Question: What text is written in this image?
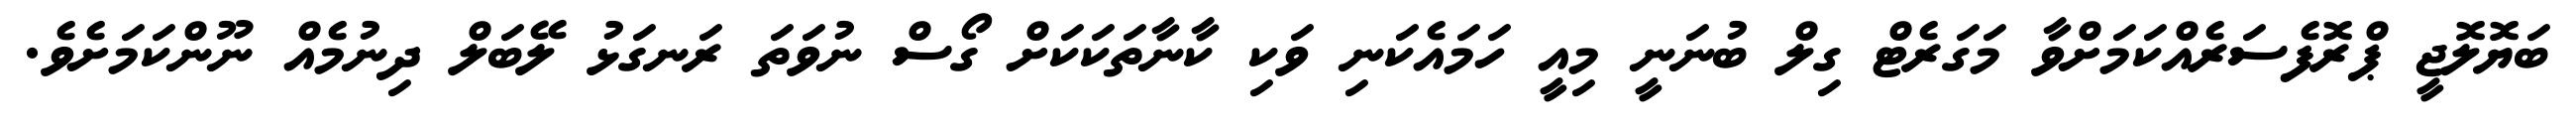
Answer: ބަޔޮލޮޖީ ޕްރޮފެސަރެއްކަމަށްވާ މަގަރެޓް ގިލް ބުނަނީ މިއީ ހަމައެކަނި ވަކި ކާނާތަކަކަށް ގޯސް ނުވަތަ ރަނގަޅު ލޭބަލް ދިނުމެއް ނޫންކަމަށެވެ.